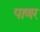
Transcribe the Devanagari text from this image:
पाणर